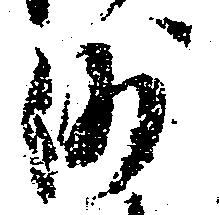
沙